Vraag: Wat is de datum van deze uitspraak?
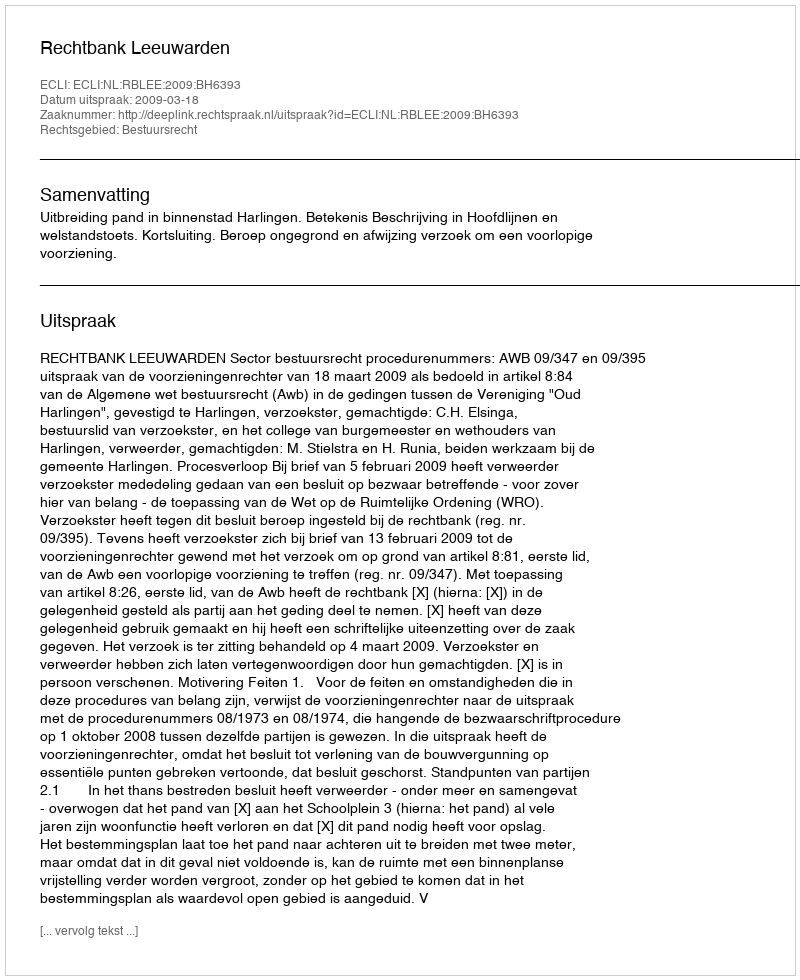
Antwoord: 2009-03-18